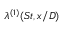
\lambda ^ { ( 1 ) } ( S t , x / D )